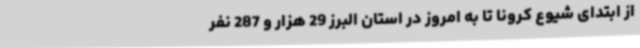
از ابتدای شیوع کرونا تا به امروز در استان البرز 29 هزار و 287 نفر